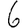
Digit: 6